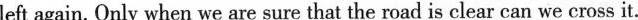
left again. Only when we are sure that the road is clear can we cross it.